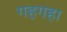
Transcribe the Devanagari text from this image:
गहगहा